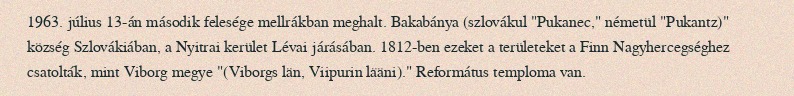
1963. július 13-án második felesége mellrákban meghalt. Bakabánya (szlovákul "Pukanec," németül "Pukantz)" község Szlovákiában, a Nyitrai kerület Lévai járásában. 1812-ben ezeket a területeket a Finn Nagyhercegséghez csatolták, mint Viborg megye "(Viborgs län, Viipurin lääni)." Református temploma van.